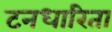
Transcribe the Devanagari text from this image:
टनधारिता